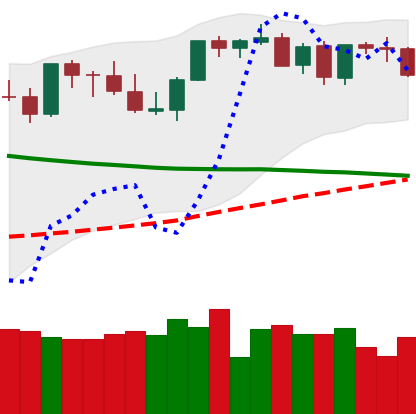
Ticker: BTC-USD
Chart end date: 2021-08-30
Forward return: 6.141%
Label: up_5_7